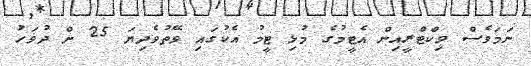
ނަމަވެސް ވިކްޓްރީއިން އެޓީމުގެ މުޅި ޓީމު އެކުގައި ވޭތުވެދިޔަ 25 ށް ދުވަހު